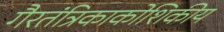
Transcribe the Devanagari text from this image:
गैरतंत्रिकाकोशिकीय